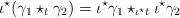
LaTeX: \begin{align*}\iota^\star(\gamma_1\star_{t}\gamma_2)=\iota^\star\gamma_1\star_{\iota^\star t}\iota^\star\gamma_2\end{align*}